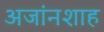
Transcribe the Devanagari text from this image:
अजांनशाह